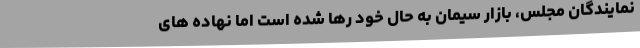
نمایندگان مجلس، بازار سیمان به حال خود رها شده است اما نهاده های